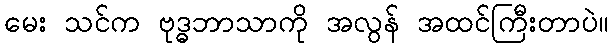
မေး သင်က ဗုဒ္ဓဘာသာကို အလွန် အထင်ကြီးတာပဲ။